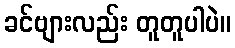
ခင်ဗျားလည်း တူတူပါပဲ။